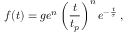
f ( t ) = g e ^ { n } \left( \frac { t } { t _ { p } } \right) ^ { n } e ^ { - \frac { t } { \tau } } \, ,